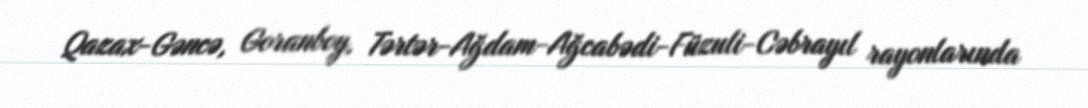
Qazax-Gəncə, Goranboy, Tərtər-Ağdam-Ağcabədi-Füzuli-Cəbrayıl rayonlarında